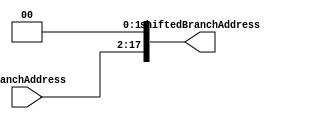
`timescale 1ns / 1ps
////////////////////////////////////////////////////////////////////////////////
// Module Name: Branch Address Shift Register
// Instruction Stage: Instruction Decode
//
// Description: Shifts the input 16-bit branch address portion of the fetched
//              instruction left two places.
////////////////////////////////////////////////////////////////////////////////


module BranchAddressShift(
    // Inputs
    input [15:0] branchAddress,
    // Outputs
    output reg [17:0] shiftedBranchAddress
    );

    always @(*) shiftedBranchAddress = branchAddress << 2;
endmodule